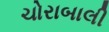
ચોરાબાલી